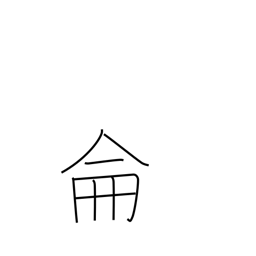
Meaning: be methodical